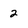
Character: 2